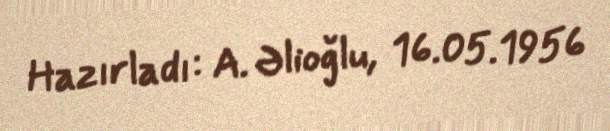
Hazırladı: A. Əlioğlu, 16.05.1956